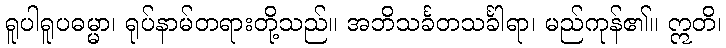
ရူပါရူပဓမ္မာ၊ ရုပ်နာမ်တရားတို့သည်။ အဘိသင်္ခတသင်္ခါရာ၊ မည်ကုန်၏။ ဣတိ၊